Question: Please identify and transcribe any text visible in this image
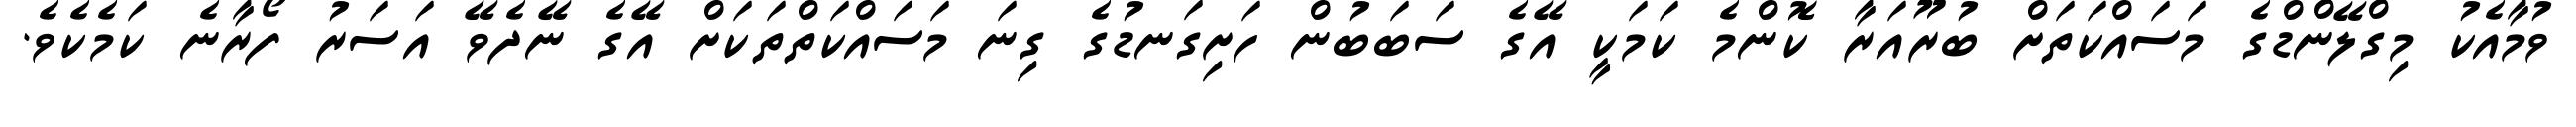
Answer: ވުމާއެކު މިގްލޭންޑްގެ މަސައްކަތަށް ބުރޫއަރާ ކޮންމެ ކަމަކީ އޭގެ ސަބަބުން ހަށިގަނޑުގެ ގިނަ މަސައްކަތްތަކަށް އޭގެ ނޭދެވޭ އަސަރު ފޯރާނެ ކަމެކެވެ.